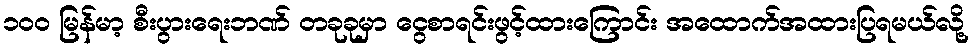
၁၀၀ မြန်မာ့ စီးပွားရေးဘဏ် တခုခုမှာ ငွေစာရင်းဖွင့်ထားကြောင်း အထောက်အထားပြရမယ်လို့